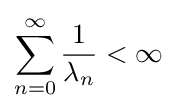
\sum _{n=0}^{\infty }{\frac {1}{\lambda _{n}}}<\infty